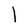
Character: l